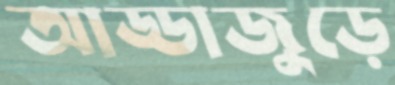
আড্ডাজুড়ে